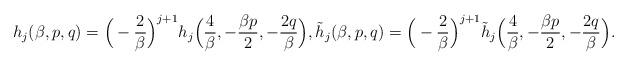
LaTeX: \begin{align*} h_j(\beta,p,q) = \Big ( - {2 \over \beta} \Big )^{j+1}h_j\Big ({4 \over \beta},-{\beta p \over 2},-{ 2q \over \beta}\Big ), \tilde{h}_j(\beta,p,q) = \Big ( - {2 \over \beta} \Big )^{j+1}\tilde{h}_j\Big ({4 \over \beta},-{\beta p \over 2},-{2q \over \beta} \Big ).\end{align*}